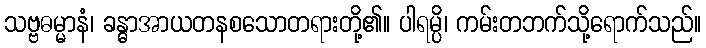
သဗ္ဗဓမ္မာနံ၊ ခန္ဓာအာယတနစသောတရားတို့၏။ ပါရမ္ပိ၊ ကမ်းတဘက်သို့ရောက်သည်။